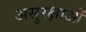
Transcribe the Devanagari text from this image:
असुरक्षाओं